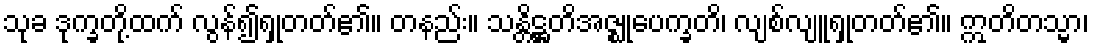
သုခ ဒုက္ခတို့ထက် လွန်၍ရှုတတ်၏။ တနည်း။ သန္တိဋ္ဌတိအဇ္ဈုပေက္ခတိ၊ လျစ်လျူရှုတတ်၏။ ဣတိတသ္မာ၊